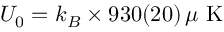
U _ { 0 } = k _ { B } \times 9 3 0 ( 2 0 ) \, \mu \mathrm { ~ K ~ }